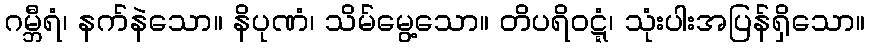
ဂမ္ဘီရံ၊ နက်နဲသော။ နိပုဏံ၊ သိမ်မွေ့သော။ တိပရိဝဋ္ဋံ၊ သုံးပါးအပြန်ရှိသော။